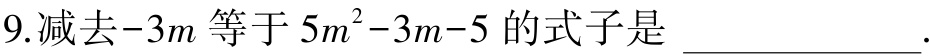
9.减去\(-3m\)等于\(5m^{2}-3m - 5\)的式子是 \_\_\_\_\_\_\_\_\_\_\_\_\_\_\_\_.